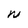
Character: W